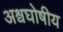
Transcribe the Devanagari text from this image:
अश्वघोषीय